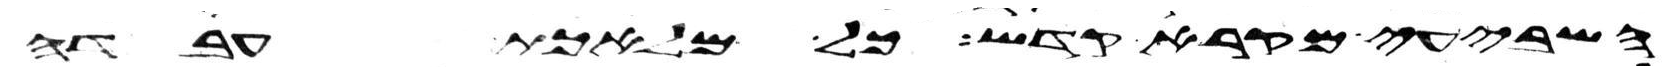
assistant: השביעי מקרא קדש כל מלאכת עבדה